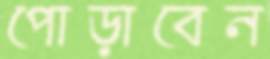
পোড়াবেন